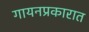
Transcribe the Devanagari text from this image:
गायनप्रकारात